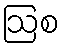
ဩစ